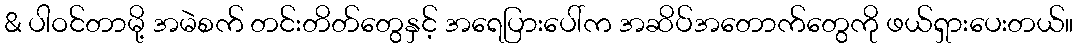
& ပါဝင်တာမို့ အမဲစက် တင်းတိတ်တွေနှင့် အရေပြားပေါ်က အဆိပ်အတောက်တွေကို ဖယ်ရှားပေးတယ်။